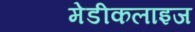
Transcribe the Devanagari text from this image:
मेडीकलाइज